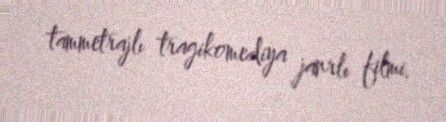
tammetrajlı tragikomediya janrlı filmi.